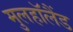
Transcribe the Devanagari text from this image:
मुलहॉलैंड